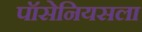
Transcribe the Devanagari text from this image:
पॉसेनियसला